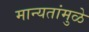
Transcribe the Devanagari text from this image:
मान्यतांमुळे